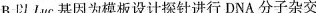
B.以Luc基因为模板设计探针进行DNA分子杂交